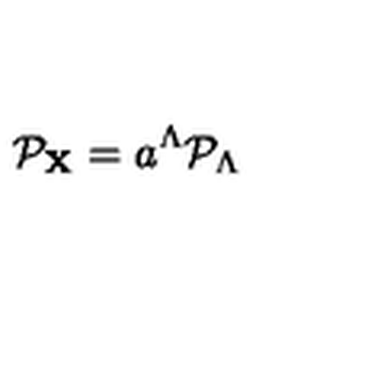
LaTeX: { \cal P } _ { \bf X } = a ^ { \Lambda } { \cal P } _ { \Lambda }